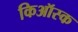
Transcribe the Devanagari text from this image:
किऑस्क